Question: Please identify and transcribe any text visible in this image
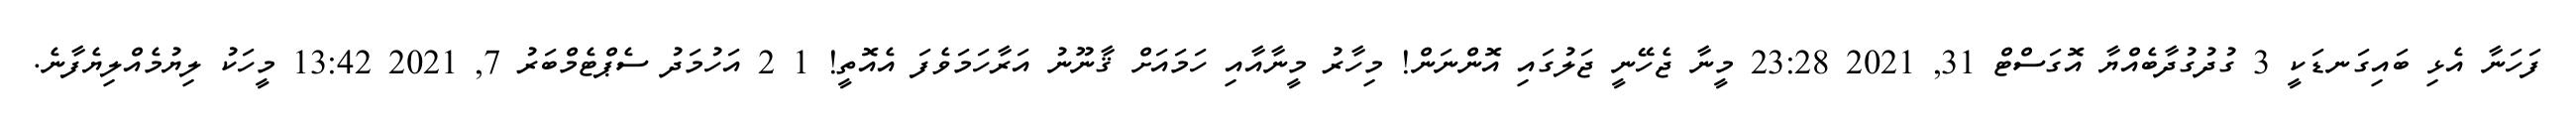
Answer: ފަހަނާ އެޅި ބައިގަނޑަކީ 3 ގުދުގުދާބެއްޔާ އޮގަސްޓް 31, 2021 23:28 މީނާ ޖެހޭނީ ޖަލުގައި އޮންނަން! މިހާރު މީނާއާއި ހަމައަށް ޤާނޫނު އަރާހަމަވެފަ އެއޮތީ! 1 2 އަހުމަދު ސެޕްޓެމްބަރު 7, 2021 13:42 މީހަކު ލިޔުމެއްލިޔެފާނެ.